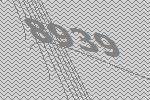
8939